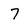
Character: 7